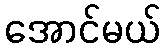
အောင်မယ်